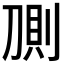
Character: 𰄸